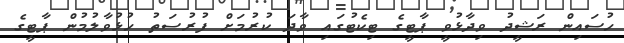
ހުސައިން ރަޝީދު ވިދާޅުވީ ޕާޓީގެ ޓިކެޓުގައި ވާދަ ކުރުމަށް ފުރުސަތު ހުޅުވާލުމުން ޕާޓީގެ